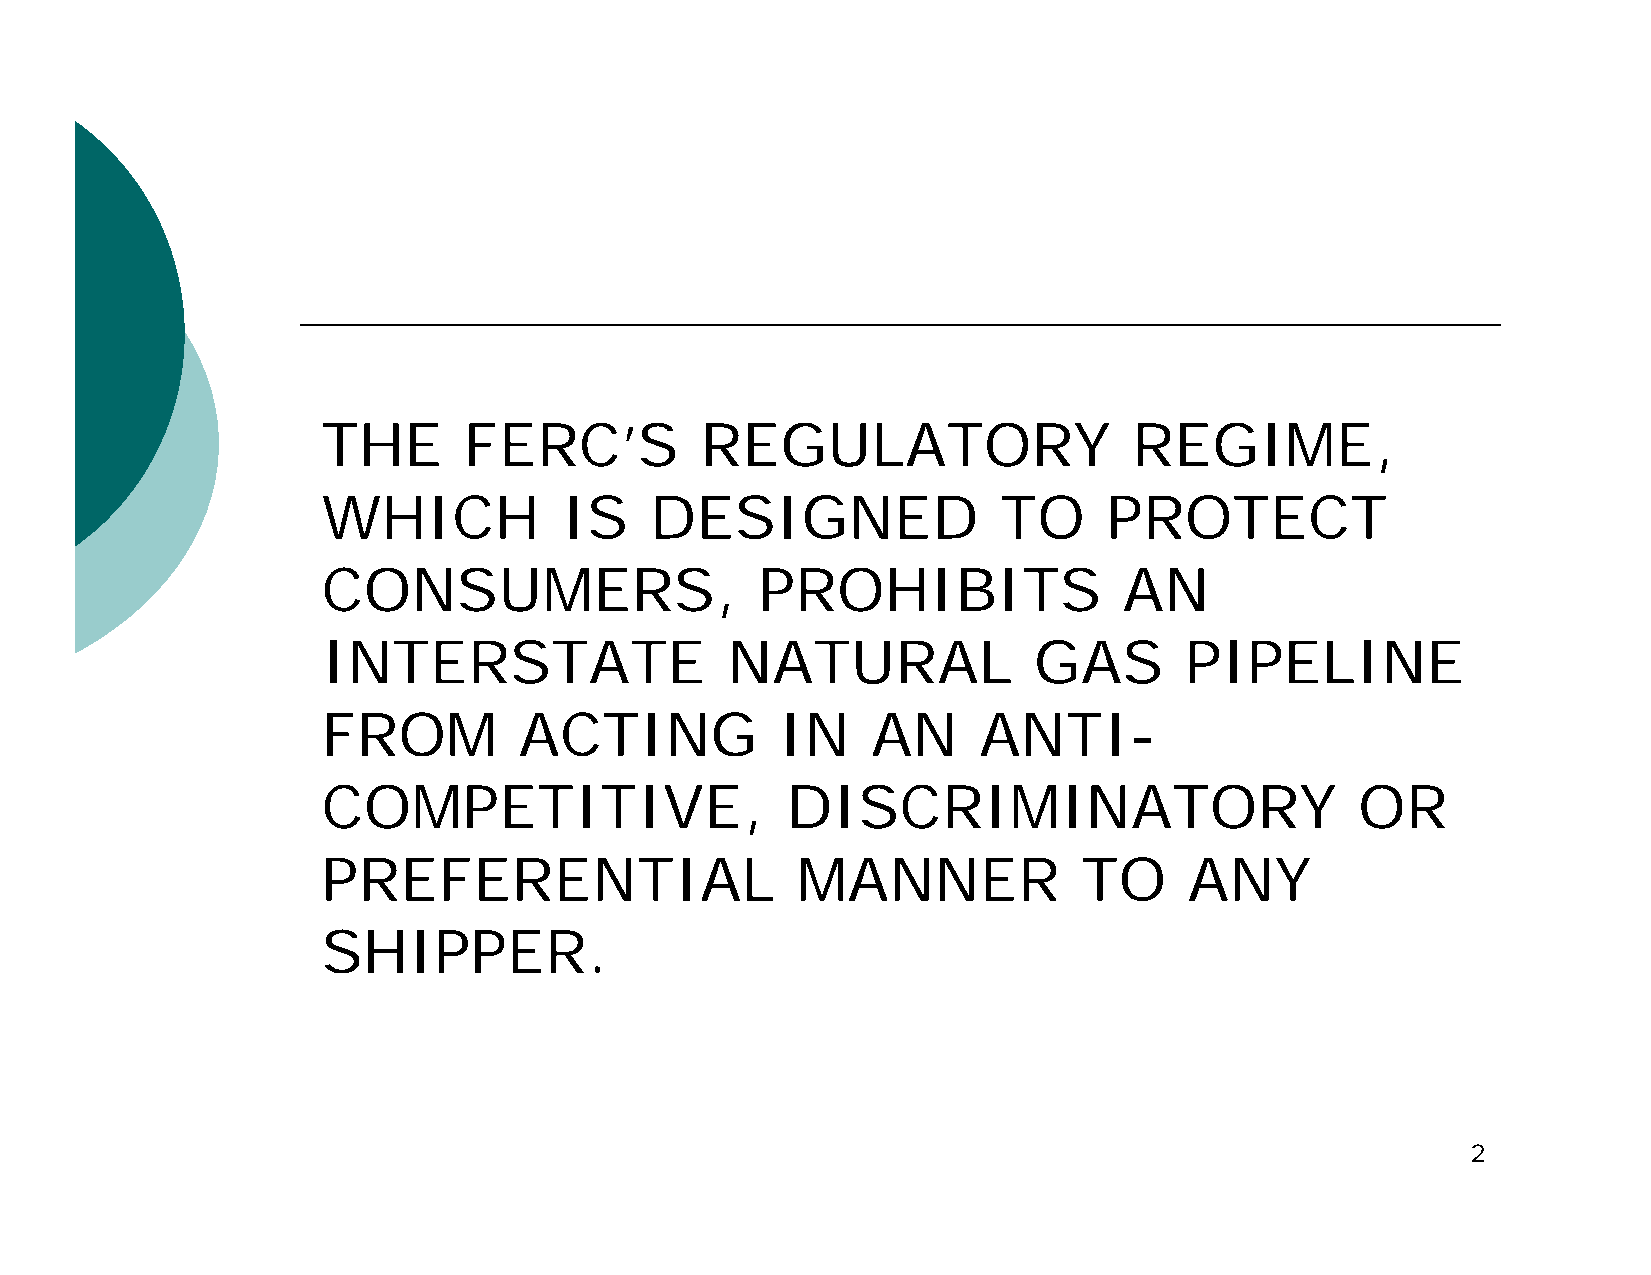
THE       FERC’S         REGULATORY                   REGIME,
 WHICH           IS    DESIGNED               TO     PROTECT
 CONSUMERS,                   PROHIBITS               AN
 INTERSTATE                 NATURAL             GAS       PIPELINE
 FROM         ACTING            IN    AN     ANTI-
 COMPETITIVE,                   DISCRIMINATORY                        OR
 PREFERENTIAL                    MANNER             TO     ANY
 SHIPPER.
 2